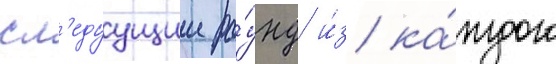
сл'едуущии ра́унд и́з ка́ждого